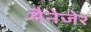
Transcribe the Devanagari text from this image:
मैनेजेर